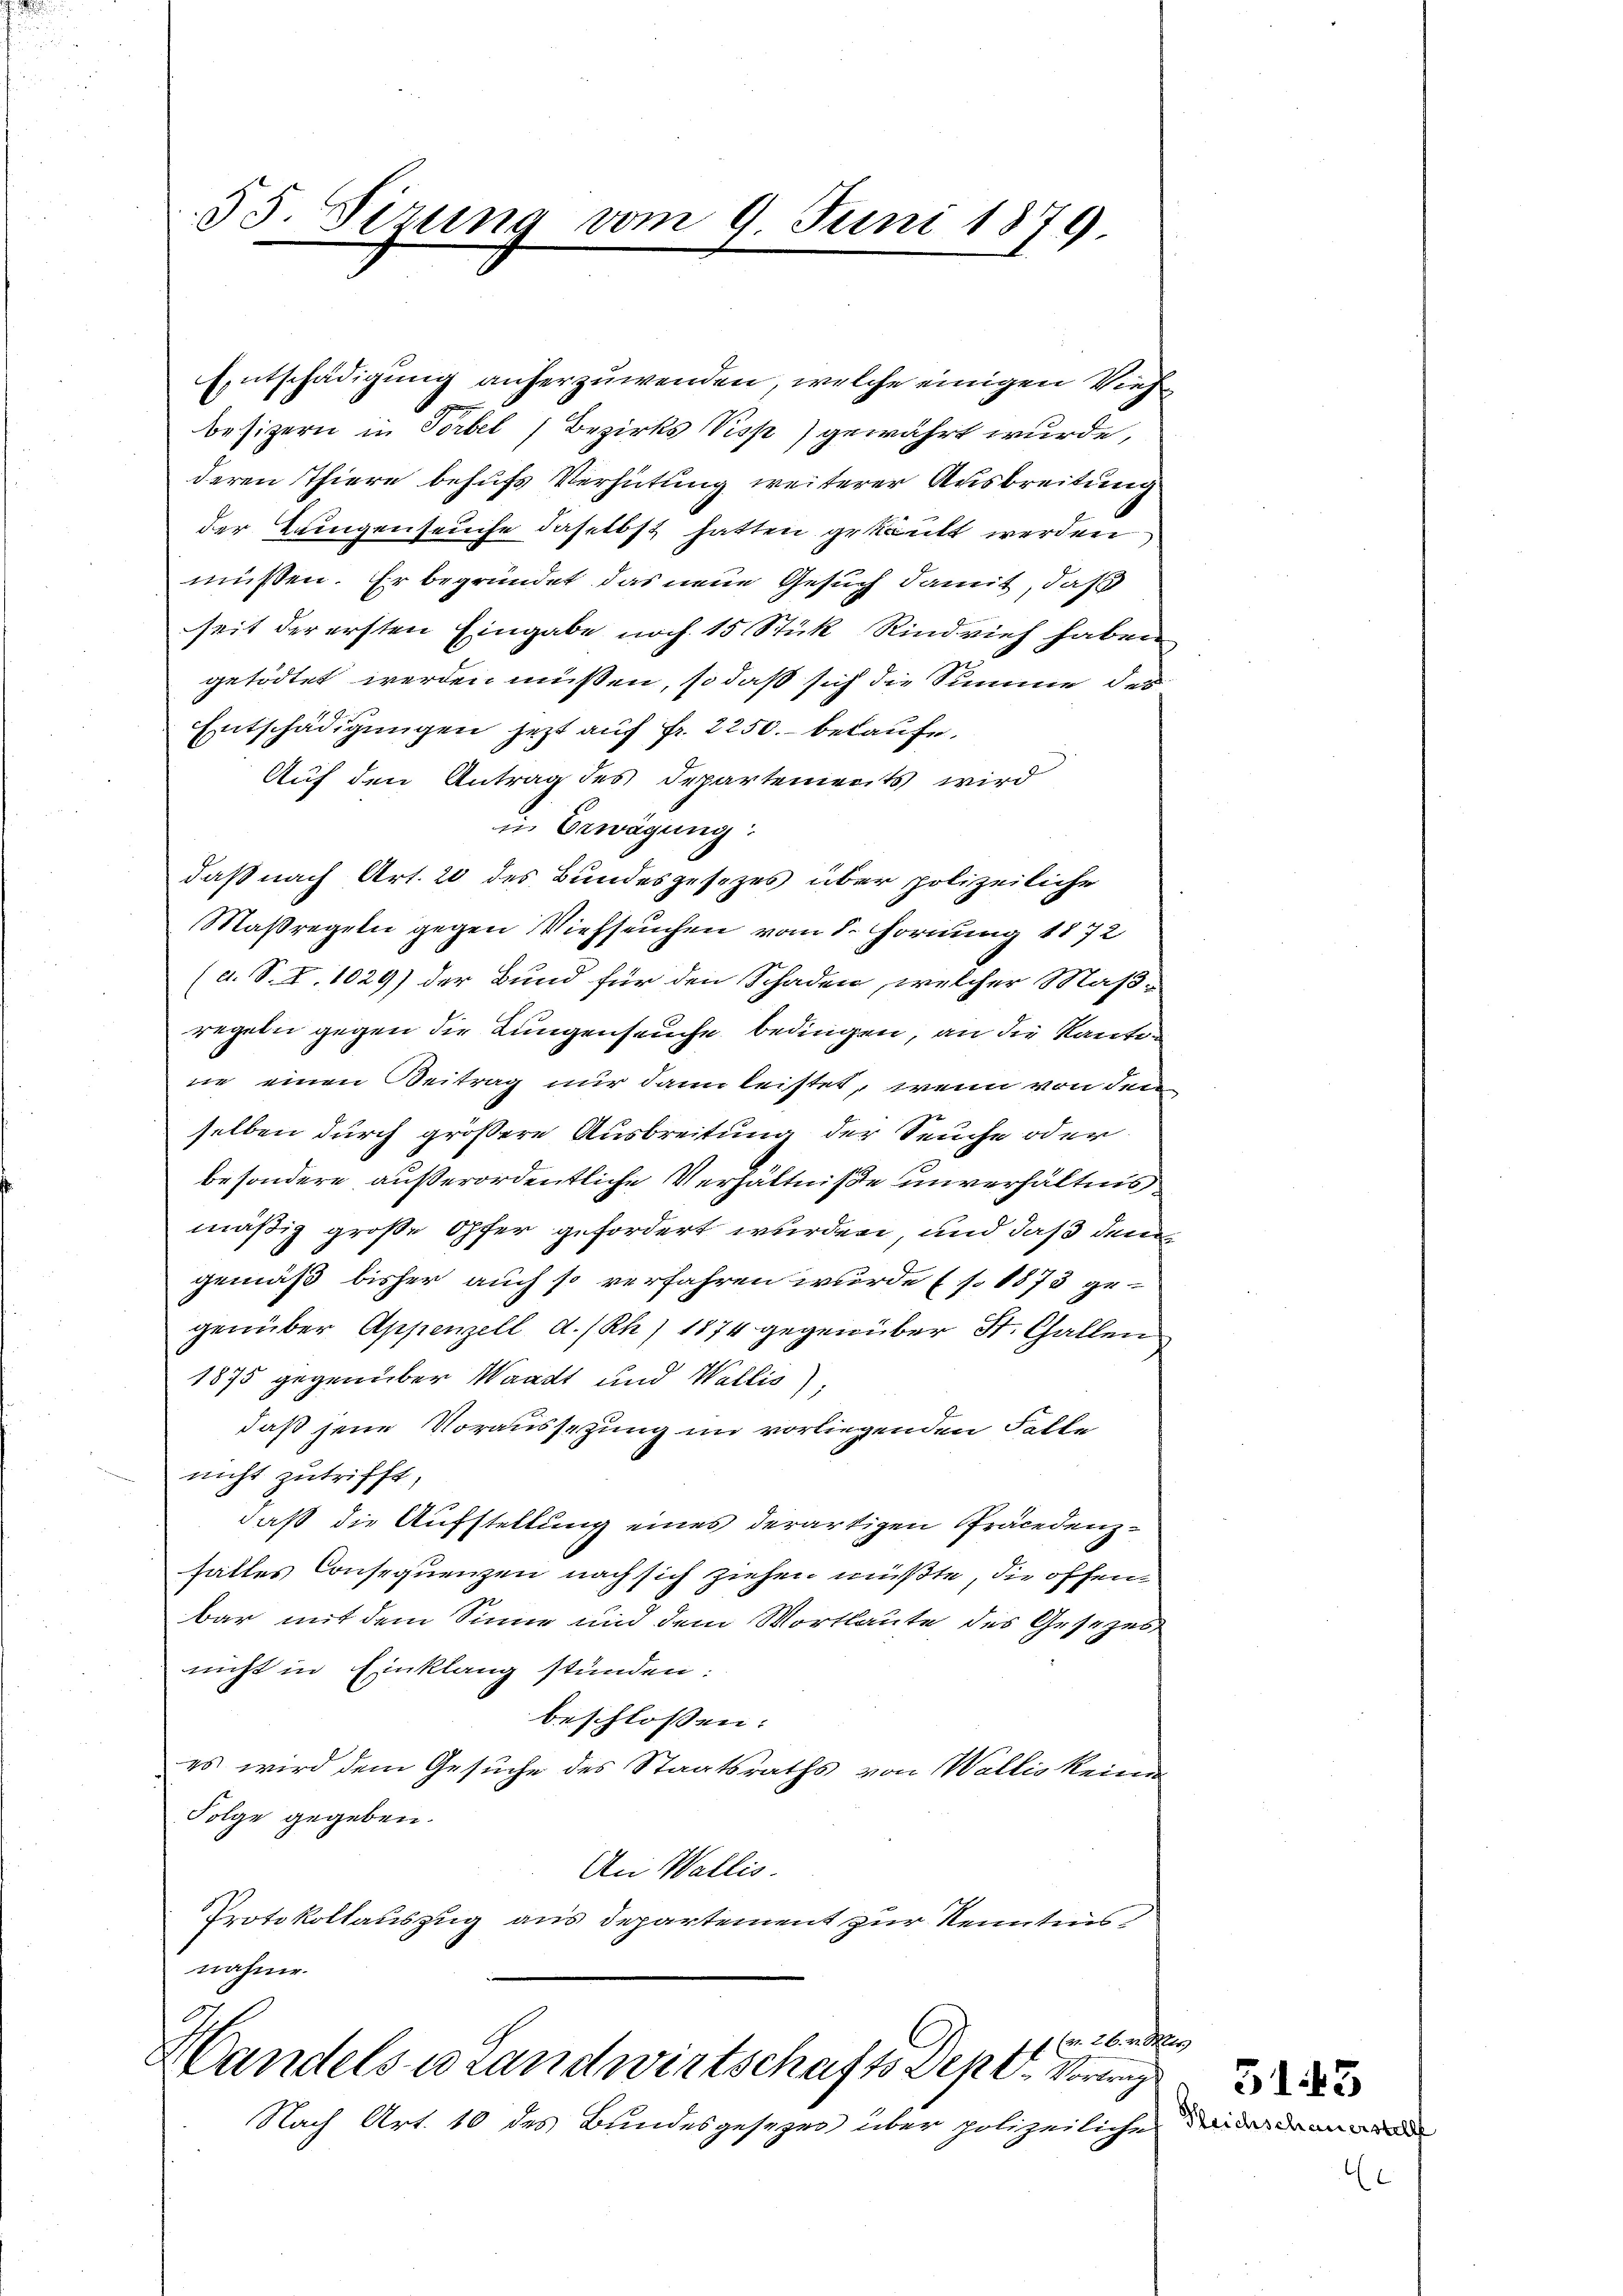
55. Sizung vom 9. Juni 1879.

Entschädigung anherzuwenden, welche einigen Viehbesizern in Vorbel) Bezirks Visp) gewährt wurde,
deren Thiere behufs Verhütung weiterer Ausbreitung
der Zungenseuche daselbst hatten gekannt werden
müßen. Er begründet das neue Gesuch damit, daß
seit der ersten Eingabe noch 15 Stück Rindvieh haben
getödtet werden müssen, so daß sich die Summe des
Entschädigungen jezt auf Fr. 2250. belaufe.
Auf den Antrag des Departements wird
in Erwägung:
daß nach Art. 20 des Bundesgesezes über polizeiliche
Maßregeln gegen Viehseuchen vom 8. Hornung 1872
(a. S. Z. 1029) der Bund für den Schaden, welcher Maßregeln gegen die Lungenseuche bedingen, an die Kantone einen Beitrag nur dann leistet, wenn von den
selben durch größere Ausbreitung der Seuche oder
besondere außerordentliche Verhältniße unverhältnismäßig große Opfer gefordert wurden, und daß dem
gemäß bisher auch so verfahren wurde (s. 1873 gegenüber Appenzell d./Rh) 1874 gegenüber St. Gallen
1875 gegenüber Waadt und Wallis);
daß jene Voraussezung im vorliegenden Falle
nicht zutrifft,
daß die Aufstellung eines derartigen Präcedenzhaltes Consequenzen nach sich ziehen müßte, die offenbar mit dem Sinne und dem Wortlaute des Gesetzes
nicht in Einklang stünden:
beschlossen:
es wird dem Gesuche des Staatsraths von Wallis keine
Folge gegeben.
An Wallis.
Protokollauszug aus Departement zur Kenntnisnahme.

11 (u. 26. v. Mts
Handels u. Landwirtschafts Depe-Vortrag

Nach Art. 10 des Bundesgesezes über polizeiliche in an d

l

5143